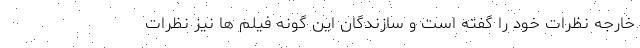
خارجه نظرات خود را گفته است و سازندگان این گونه فیلم ها نیز نظرات